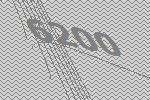
6200